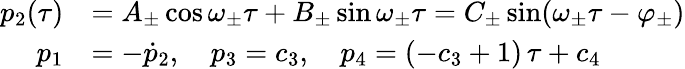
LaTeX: \begin{array}{rl}{p_{2}(\tau)}&{=A_{\pm}\cos\omega_{\pm}\tau+B_{\pm}\sin\omega_{\pm}\tau=C_{\pm}\sin(\omega_{\pm}\tau-\varphi_{\pm})}\\ {p_{1}}&{=-\dot{p}_{2},~~~~p_{3}=c_{3},~~~~p_{4}=(-c_{3}+1)\, \tau+c_{4}}\end{array}